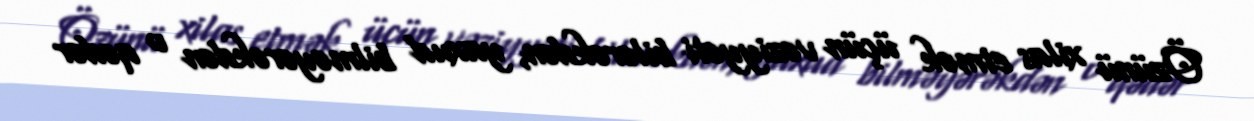
Özünü xilas etmək üçün vəziyyəti bilərəkdən, yaxud bilməyərəkdən o qədər